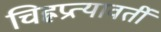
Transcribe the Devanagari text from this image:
चिह्नप्रत्यावर्ती